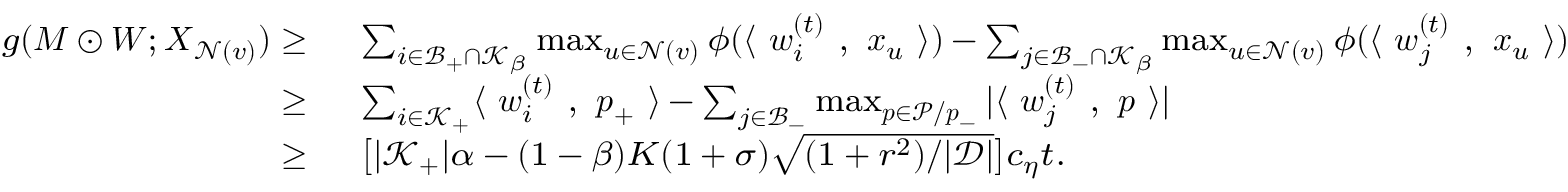
\footnotesize \begin{array} { r l } { g ( { \boldsymbol M } \odot { \boldsymbol W } ; { \boldsymbol X } _ { \mathcal { N } ( v ) } ) \ge } & { ~ \sum _ { i \in \mathcal { B } _ { + } \cap \mathcal { K } _ { \beta } } \operatorname* { m a x } _ { u \in \mathcal { N } ( v ) } \phi ( \langle ~ { \boldsymbol w } _ { i } ^ { ( t ) } ~ , ~ { \boldsymbol x } _ { u } ~ \rangle ) - \sum _ { j \in \mathcal { B } _ { - } \cap \mathcal { K } _ { \beta } } \operatorname* { m a x } _ { u \in \mathcal { N } ( v ) } \phi ( \langle ~ { \boldsymbol w } _ { j } ^ { ( t ) } ~ , ~ { \boldsymbol x } _ { u } ~ \rangle ) } \\ { \ge } & { ~ \textstyle \sum _ { i \in \mathcal { K } _ { + } } \langle ~ { \boldsymbol w } _ { i } ^ { ( t ) } ~ , ~ { \boldsymbol p } _ { + } ~ \rangle - \sum _ { j \in \mathcal { B } _ { - } } \operatorname* { m a x } _ { { \boldsymbol p } \in \mathcal { P } / { \boldsymbol p } _ { - } } | \langle ~ { \boldsymbol w } _ { j } ^ { ( t ) } ~ , ~ { \boldsymbol p } ~ \rangle | } \\ { \ge } & { ~ \big [ | \mathcal { K } _ { + } | \alpha - ( 1 - \beta ) K ( 1 + \sigma ) \sqrt { ( 1 + r ^ { 2 } ) / | \mathcal { D } | } \big ] c _ { \eta } t . } \end{array}